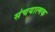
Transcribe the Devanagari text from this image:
संचयात्मक